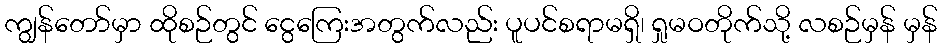
ကျွန်တော်မှာ ထိုစဉ်တွင် ငွေကြေးအတွက်လည်း ပူပင်စရာမရှိ၊ ရှုမဝတိုက်သို့ လစဉ်မှန် မှန်